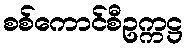
စစ်ကောင်စီဥက္ကဋ္ဌ